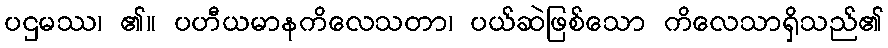
ပဌမဿ၊ ၏။ ပဟီယမာနကိလေသတာ၊ ပယ်ဆဲဖြစ်သော ကိလေသာရှိသည်၏